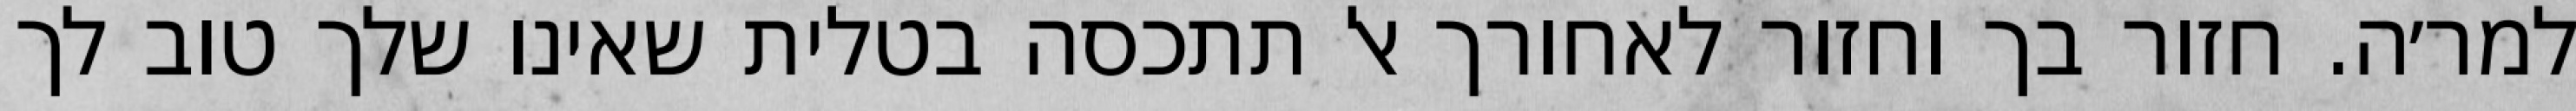
למר׳ה. חזור בך וחזור לאחורך אל תתכסה בטלית שאינו שלך טוב לך